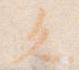
久